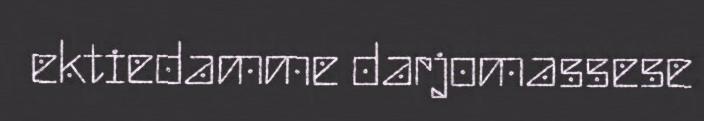
ektiedamme darjomassese